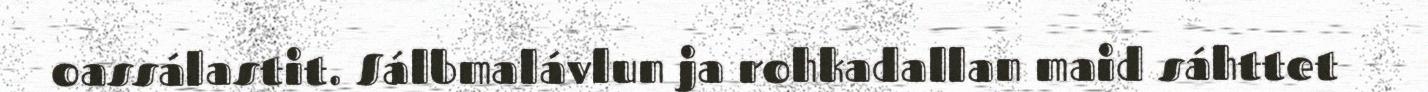
oassálastit. Sálbmalávlun ja rohkadallan maid sáhttet